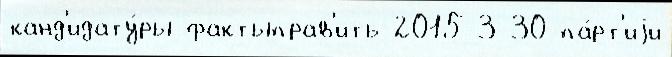
канд'идату́ры фактыправ'ить 2015-3-30 па́рт'иjи